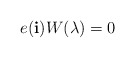
\begin{align*} e(\mathbf{i})W(\lambda)=0 \end{align*}